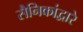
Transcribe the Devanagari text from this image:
सैनिकांद्वारे